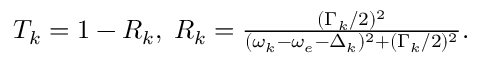
\begin{array} { r } { T _ { k } = 1 - R _ { k } , \; R _ { k } = \frac { ( \Gamma _ { k } / 2 ) ^ { 2 } } { ( \omega _ { k } - \omega _ { e } - \Delta _ { k } ) ^ { 2 } + ( \Gamma _ { k } / 2 ) ^ { 2 } } . } \end{array}